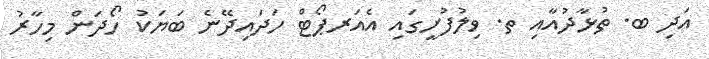
އަދި ބ. ތުޅާދުއާއި ތ. ވިލުފުށީގައި އެއަރޕޯޓް ހަދައިދޭނެ ބަޔަކު ހޯދަން މިހާރު